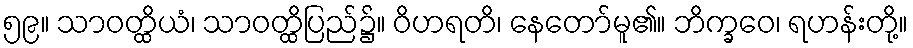
၅၉။ သာဝတ္ထိယံ၊ သာဝတ္ထိပြည်၌။ ဝိဟရတိ၊ နေတော်မူ၏။ ဘိက္ခဝေ၊ ရဟန်းတို့။